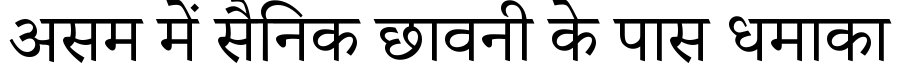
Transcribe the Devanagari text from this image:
असम में सैनिक छावनी के पास धमाका